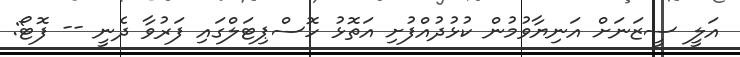
އަލީ ސީޒަނަށް އަނިޔާވުމުން ކުޅުދުއްފުށި އަތޮޅު ހޮސްޕިޓަލްގައި ފަރުވާ ދެނީ -- ފޮޓޯ: